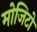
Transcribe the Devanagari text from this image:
मोजिटो